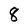
Character: 8